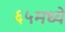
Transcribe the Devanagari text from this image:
६५मध्ये